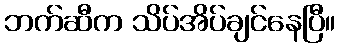
ဘက်ဆီက သိပ်အိပ်ချင်နေပြီ။